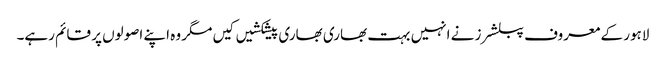
لاہور کے معروف پبلشرز نے انہیں بہت بھاری بھاری پیشکشیں کیں مگر وہ اپنے اصولوں پر قائم رہے۔